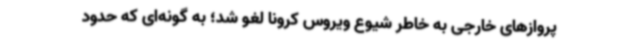
پروازهای خارجی به خاطر شیوع ویروس کرونا لغو شد؛ به گونه‌ای که حدود